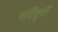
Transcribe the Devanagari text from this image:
पदिवूयी